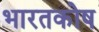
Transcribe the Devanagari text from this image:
भारतकोष